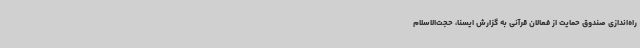
راه‌اندازی صندوق حمایت از فعالان قرآنی به گزارش ایسنا، حجت‌الاسلام